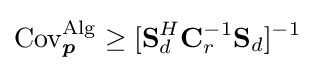
\operatorname {Cov} _{\boldsymbol {p}}^{\operatorname {Alg} }\geq [{\bf {S}}_{d}^{H}{\bf {C}}_{r}^{-1}{\bf {S}}_{d}]^{-1}